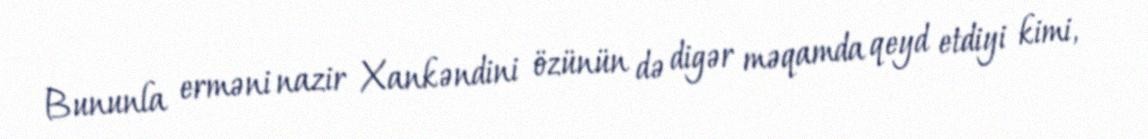
Bununla erməni nazir Xankəndini özünün də digər məqamda qeyd etdiyi kimi,